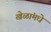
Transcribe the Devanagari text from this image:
खेळांमधे